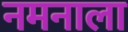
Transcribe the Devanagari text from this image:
नमनाला